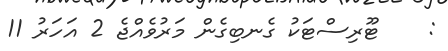
:    ޓޫރިސްޓަކު ގެނބިގެން މަރުވެއްޖެ 2 އަހަރު 11